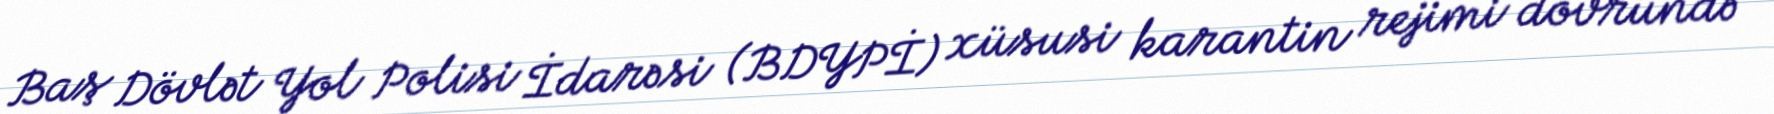
Baş Dövlət Yol Polisi İdarəsi (BDYPİ) xüsusi karantin rejimi dövründə